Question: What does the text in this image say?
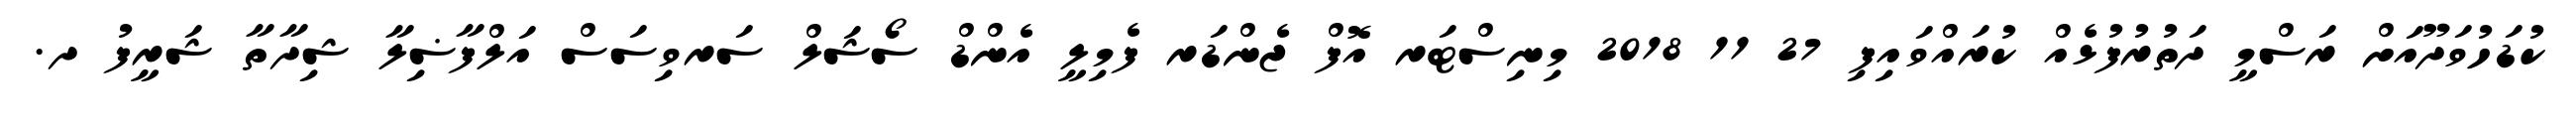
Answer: ކުޑަހުވަދޫއަށް ރަސްމީ ދަތުރުފުޅެއް ކުރައްވައިފި 27 11 2018 މިނިސްޓަރ އޮފް ޖެންޑަރ ފެމިލީ އެންޑް ސޯޝަލް ސަރވިސަސް އަލްފާޟިލާ ޝިދާތާ ޝަރީފު ދ.